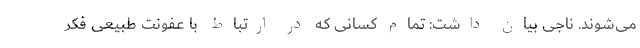
می‌شوند. ناجی بیان داشت: تمام کسانی که در ارتباط با عفونت طبیعی فکر